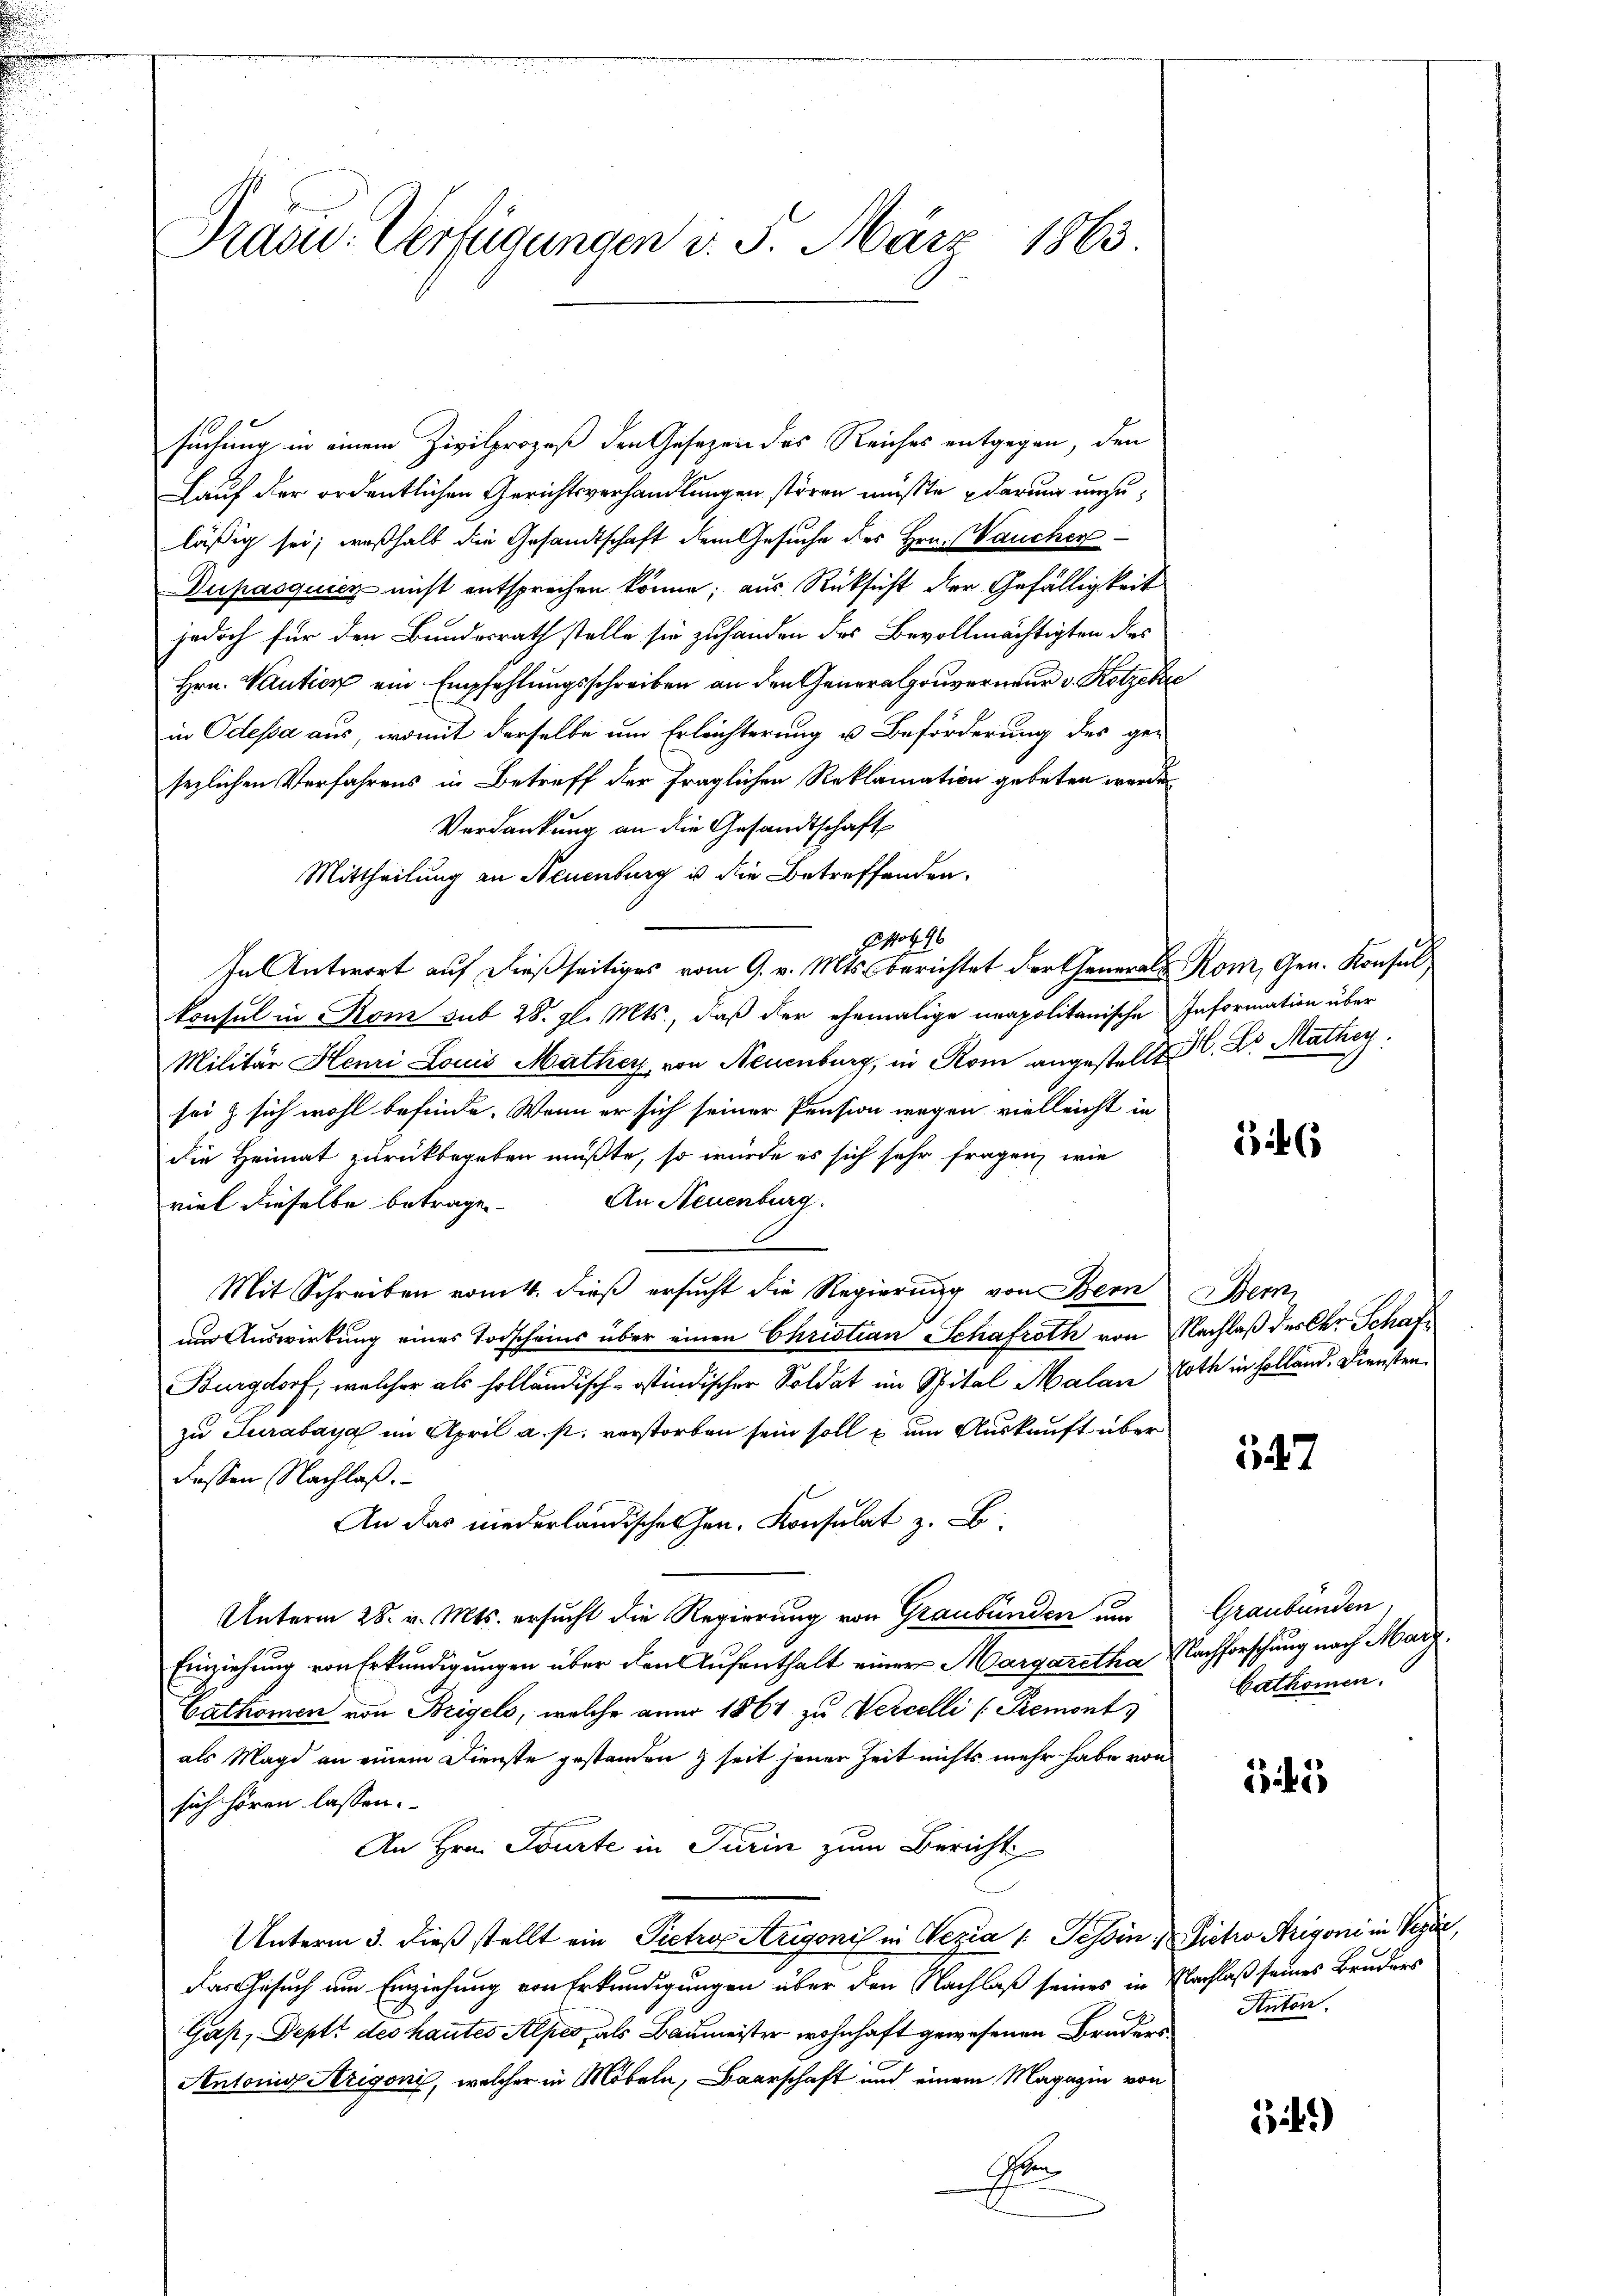
Drasu. Verfügungen v. 5. März 1863.

suchung in einem Zivilprozeß den Gesetzen des Reiches entgegen, den
Lauf der ordentlichen Gerichtsverhandlungen stören müßte darum unzuläßig sei; weßhalb die Gesandtschaft dem Gesuche des Hrn. Vaucher
Dupasquicz nicht entsprechen könne; aus Rüksicht der Gefälligkeit
jedoch für den Bundesrath stelle sie zuhanden des Bevollmächtigten des
Hrn. Wartier ein Empfehlungsschreiben an den Generalgouverneur v. Kotzekre
in Odessa aus, womit derselbe um Erleichterung u Beförderung des ge-
sezlichen Verfahrens in Betreff der fraglichen Reklamation gebeten werde.
Verdankung an die Gesandtschaft
Mittheilung an Neuenburg in die Betreffenden,
Pot 96
In Antwort auf dießseitiges vom 9. v. Mts. berichtet der General Rom, Gen. Konsul
konsul in Rom sub 28. gl. Mts., daß der ehemalige unapolitanische Information über
Militär Henri Louis Mathey, von Neuenburg, in Rom angestellt C. Dr. Mathey
sei & sich wohl befinde. Wenn er sich seiner Pension wegen vielleicht in
die Heimat zurückbegeben müßte, so würde es sich sehr fragen, wie
An Neuenburg.
viel dieselbe betragen.
Mit Schreiben vom 4. dieß ersucht die Regierung von Bern Bern,
und Auswirkung eines Todscheins über einen Christian Schafroth von Nachlaß des der Schaf¬
Burgdorf, welcher als holländisch-ostindischer Soldat im Spital Malan Loth in Holland. Dienstenzu Turabaya im April a. p. verstorben sein soll u um Auskunft über
dessen Nachlaß.
An das niederländisches Hrn. Konsulat z. B
Unterm 28. v. Mts. ersucht die Regierung von Graubünden um Graubünden,
Einziehung von Erkundigungen über den Aufenthalt einer Margaretha Nachforschung nach Marz¬
Cathomen von Beigels, welche aner 1861 zu Vercelli (Remont
als Magd an einem Dienste gestanden seit jener Zeit nichts mehr habe von
sich hören lassen.
An Hrn. Tourte in Turin zum Bericht
Unterm 3. dieß stellt ein Pietro Arigonis in Wezia /: Tessin. Sietro Arigoni in Veran,
Das Gesuch um Einziehung von Erkundigungen über den Nachlaß seines in Nachlaß seines Bruders
Gas, Peptt des hautes Alpes, als Baumeister wohnhaft gewesenen Bruders
Antonis Arigonis, welcher in Möbeln, Baarschaft und einem Magazin von
n

6

57

bathomen.

345

Anton

34)